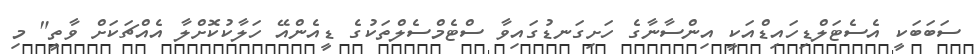
ސަބަބަކީ އެސެޓަލްޑިހައިޑްއަކީ އިންސާނާގެ ހަށިގަނޑުގައިވާ ސްޓެމްސެލްތަކުގެ ޑީއެންއޭ ހަލާކުކޮށްލާ އެއްޗަކަށް ވާތީ" މި